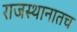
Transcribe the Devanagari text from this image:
राजस्थानातच